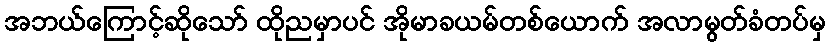
အဘယ်ကြောင့်ဆိုသော် ထိုညမှာပင် အိုမာခယမ်တစ်ယောက် အလာမွတ်ခံတပ်မှ